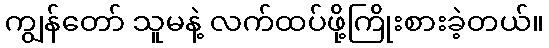
ကျွန်တော် သူမနဲ့ လက်ထပ်ဖို့ကြိုးစားခဲ့တယ်။